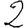
Digit: 2